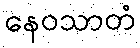
နေဝသာတံ